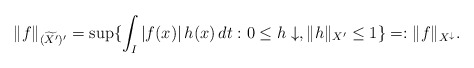
\begin{align*} \|f\|_{(\widetilde{X^{\prime}})^{\prime}} = \sup\{ \int_I | f(x)| \, h(x) \, dt: 0\leq h \downarrow, \|h\|_{X^{\prime}}\leq 1 \} = : \|f\|_{X^{\downarrow}}.\end{align*}